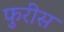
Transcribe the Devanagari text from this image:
फुरीस